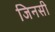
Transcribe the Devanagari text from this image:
जिनसी